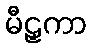
မီဠှကာ